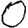
Digit: 0